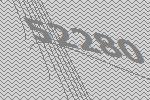
52280